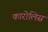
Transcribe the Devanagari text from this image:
कारोलिस